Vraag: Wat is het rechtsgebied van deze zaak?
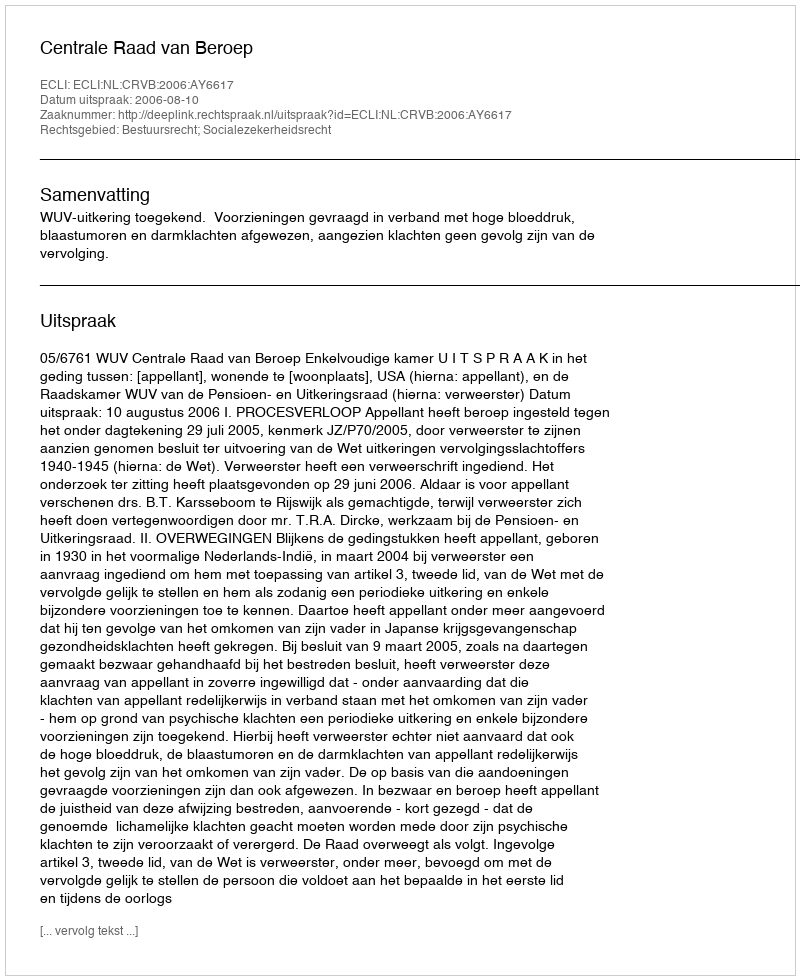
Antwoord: Bestuursrecht; Socialezekerheidsrecht